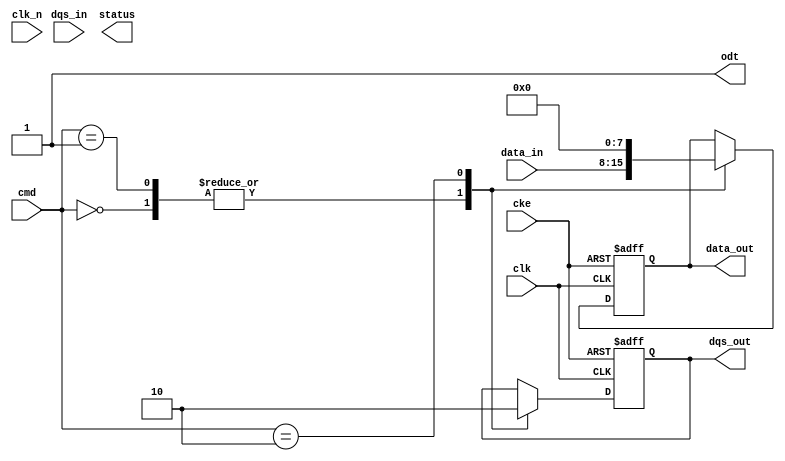
module ddr2_io_block (
    input wire clk,             // System clock
    input wire clk_n,           // Inverted clock
    input wire cke,             // Clock Enable
    input wire [7:0] data_in,   // Data input (8-bit)
    input wire dqs_in,          // Data Strobe input
    input wire [2:0] cmd,       // Command signals (e.g., READ, WRITE, PRECHARGE, ACTIVATE)
    output wire [7:0] data_out,  // Data output (8-bit)
    output wire dqs_out,        // Data Strobe output
    output wire odt,            // On-Die Termination
    output wire [2:0] status    // Status signals for testing/debugging
);

// Parameters for configuration
parameter DATA_WIDTH = 8;     // Data bus width
parameter ODT_ENABLED = 1;     // On-Die Termination enable

// Internal signals
reg [DATA_WIDTH-1:0] data_reg; // Register for data storage
reg dqs_reg;                   // Register for DQS signal
reg [2:0] cmd_reg;             // Register for command storage
reg [2:0] status_reg;          // Register for status information

// On-Die Termination control
assign odt = ODT_ENABLED ? 1'b1 : 1'b0;

// Data output register
assign data_out = data_reg;

// Data Strobe output
assign dqs_out = dqs_reg;

// Command processing
always @(posedge clk or negedge cke) begin
    if (!cke) begin
        // Power down or sleep mode
        data_reg <= 0;
        dqs_reg <= 0;
        cmd_reg <= 0;
        status_reg <= 3'b000; // Idle status
    end else begin
        case (cmd)
            3'b000: begin // READ
                // Implement read operation
                data_reg <= data_in; // For simplicity, directly assign input to output
                dqs_reg <= 1; // Enable DQS
                status_reg <= 3'b001; // Read status
            end
            3'b001: begin // WRITE
                // Implement write operation
                data_reg <= data_in; // For simplicity, directly assign input to output
                dqs_reg <= 1; // Enable DQS
                status_reg <= 3'b010; // Write status
            end
            3'b010: begin // PRECHARGE
                // Implement precharge operation
                data_reg <= 0; // Clear data
                dqs_reg <= 0; // Disable DQS
                status_reg <= 3'b011; // Precharge status
            end
            3'b011: begin // ACTIVATE
                // Implement activate operation
                // For simplicity, just set status
                status_reg <= 3'b100; // Activate status
            end
            default: begin
                // Default case
                status_reg <= 3'b111; // Error status
            end
        endcase
    end
end

// Timing management (Placeholder for delay lines or PLLs)
// You can implement delay lines or PLLs based on your requirements

endmodule